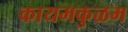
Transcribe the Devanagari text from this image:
कायमकुळम